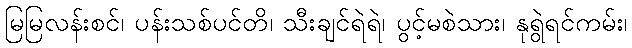
မြမြလန်းစင်၊ ပန်းသစ်ပင်တိ၊ သီးချင်ရဲရဲ၊ ပွင့်မစဲသား၊ နုရွဲရင်ကမ်း၊